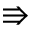
\Rrightarrow